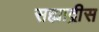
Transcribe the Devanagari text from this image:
सह्याद्रीस